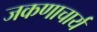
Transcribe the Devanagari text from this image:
जकणाचार्य